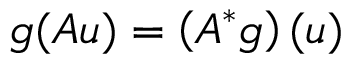
g ( A u ) = \left( A ^ { * } g \right) ( u )